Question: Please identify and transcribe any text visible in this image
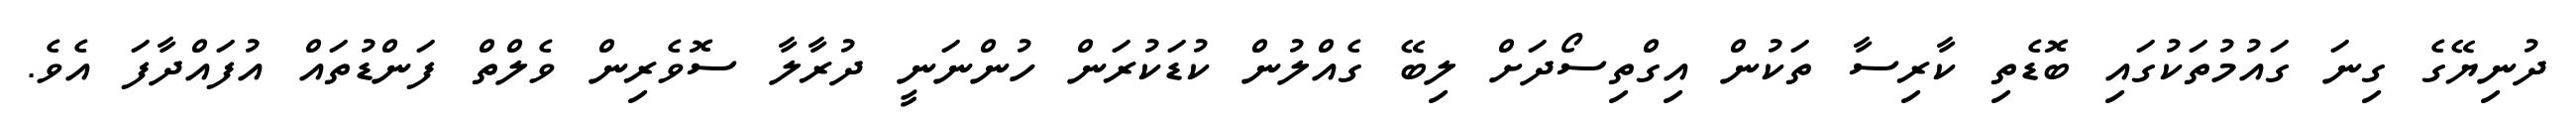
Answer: ދުނިޔޭގެ ގިނަ ގައުމުތަކުގައި ބޮޑެތި ކާރިސާ ތަކުން އިގްތިސޯދަށް ލިބޭ ގެއްލުން ކުޑަކުރަން ހުންނަނީ ދުރާލާ ސޮވެރިން ވެލްތް ފަންޑުތައް އުފައްދާފަ އެވެ.